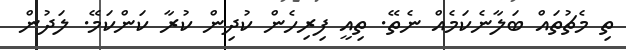
ތި މެޗުތައް ބަލާނެކަމެއް ނެތޭ. ތިއީ ފިރިހެން ކުދިން ކުރާ ކަންކަމޭ. ލަދުން